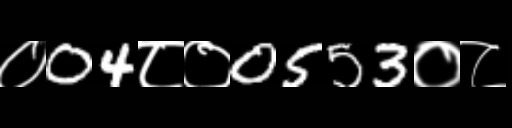
Text: ०04८०0553०८